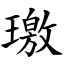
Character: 璬